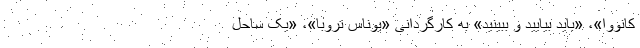
کانووا»،‌ «باید بیایید و ببینید» به کارگردانی «یوناس تروبا»، «یک ساحل